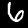
Label: 6